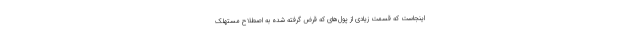
اینجاست که قسمت زیادی از پول‌های که قرض گرفته شده به اصطلاح مستهلک